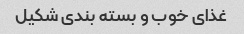
غذای خوب و بسته بندی شکیل